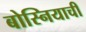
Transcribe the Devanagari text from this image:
बोस्नियाची